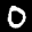
Label: 0